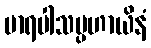
မာရပါသပ္ပဟာယိနံ